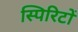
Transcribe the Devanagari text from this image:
स्पिरिटों